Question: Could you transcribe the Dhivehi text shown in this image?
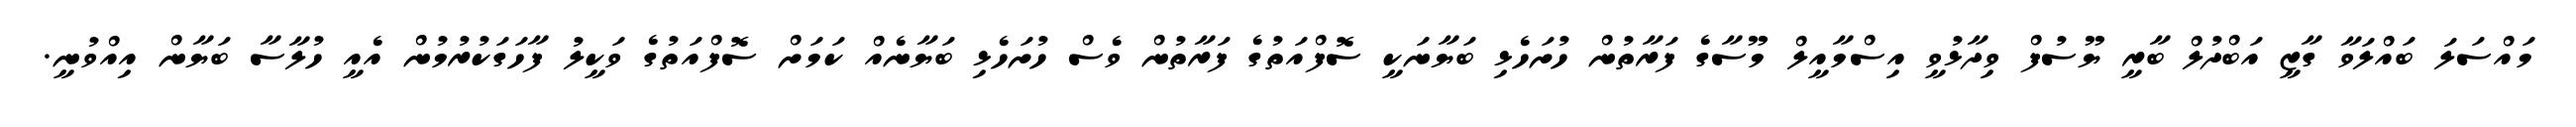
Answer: މައްސަލަ ބައްލަވާ ގާޒީ އަބްދުލް ބާރީ ޔޫސުފް ވިދާޅުވީ އިސްމާއީލް މޫސާގެ ފަރާތުން ހުށަހެޅި ބަޔާނަކީ ސޮފްއަތުގެ ފަރާތުން ވެސް ހުށަހެޅި ބަޔާނެއް ކަމަށް ސޮފްއަތުގެ ވަކީލު ފާހަގަކުރުމުން އެއީ ހުލާސާ ބަޔާން އިއްވުނީ.